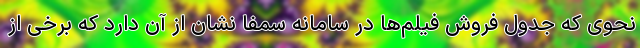
نحوی که جدول فروش فیلم‌ها در سامانه سمفا نشان از آن دارد که برخی از